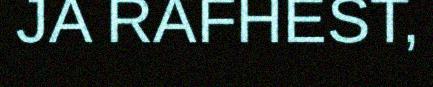
JA RAFHEST,